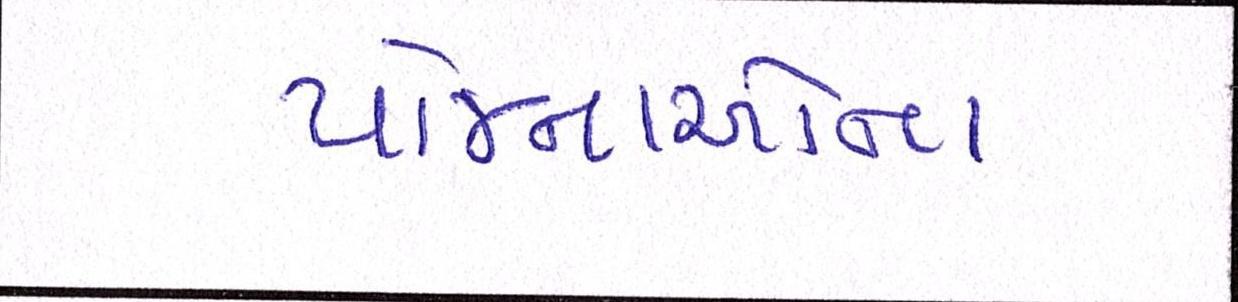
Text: યોજનાઓના